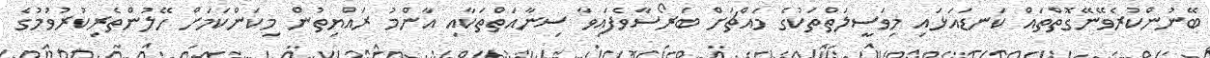
ބޭނުންކުރެވޭނޭގޮތްތައް ކަނޑައަޅައި މިވަސީލަތްތަކުގެ މައްޗަށް ބަރޯސާވެފައިވާ ސިނާއަތްތަކާއި އާންމު ރައްޔިތުން މިކަންކަމަށް ހޭލުންތެރިކުރުވުމުގެ